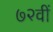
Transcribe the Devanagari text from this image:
७२वीं